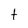
Character: t